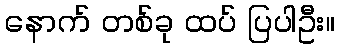
နောက် တစ်ခု ထပ် ပြပါဦး။